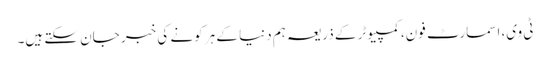
ٹی وی، اسمارٹ فون، کمپیوٹر کے ذریعہ ہم دنیا کے ہر کونے کی خبر جان سکتے ہیں۔